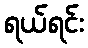
ရယ်ရင်း